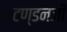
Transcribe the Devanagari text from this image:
टण्डनजी